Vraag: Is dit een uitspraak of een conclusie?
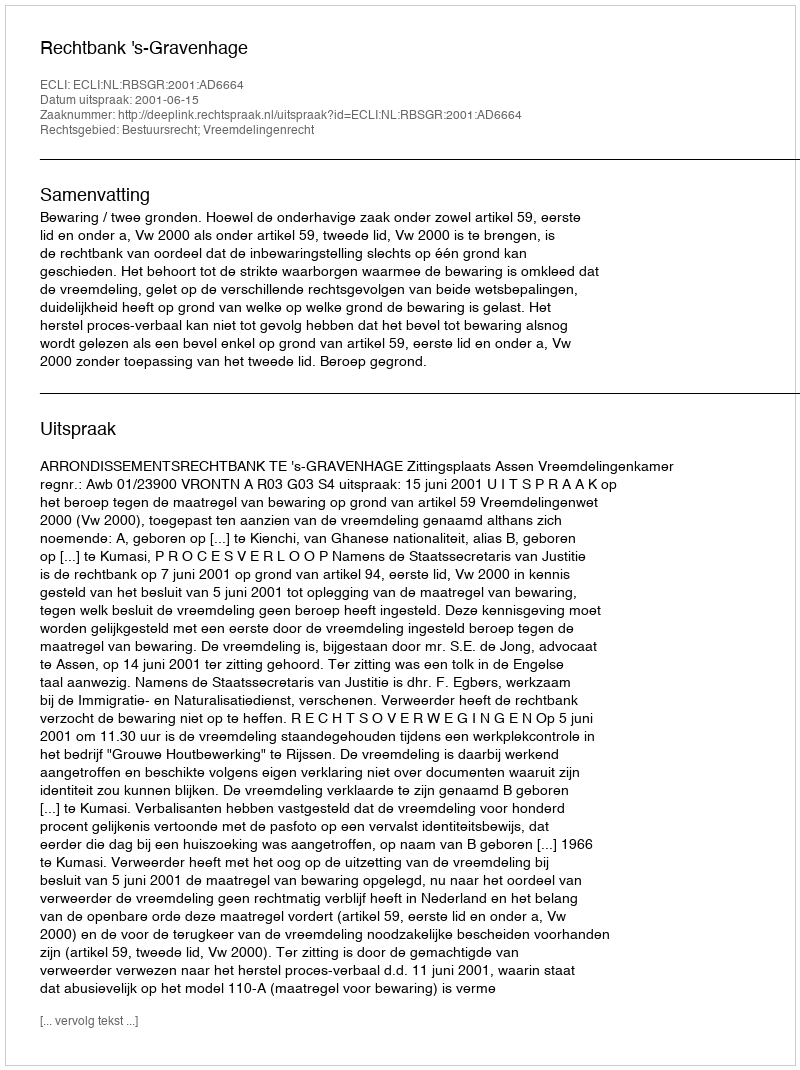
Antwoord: Uitspraak